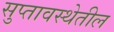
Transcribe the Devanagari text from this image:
सुप्तावस्थेतील